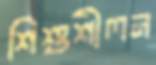
শিশুশীলন